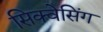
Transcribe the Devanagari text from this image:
सिक्वेसिंग